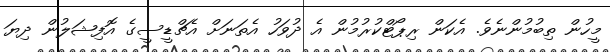
މީހުން ތިބުމުންނެވެ. އެކަން ރިޕޯޓްކުރުމުން އެ ދުވަހު އެތަނަށް އެޗްޑީސީގެ އޮފިޝަލުން ދިޔަ